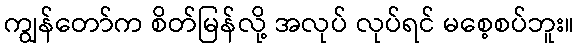
ကျွန်တော်က စိတ်မြန်လို့ အလုပ် လုပ်ရင် မစေ့စပ်ဘူး။